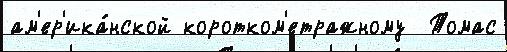
ам'ер'ика́нской коротком'етражному  Томас